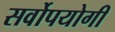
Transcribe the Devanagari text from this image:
सर्वोपयोगी